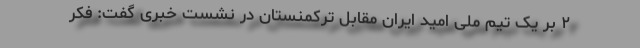
۲ بر یک تیم ملی امید ایران مقابل ترکمنستان در نشست خبری گفت: فکر